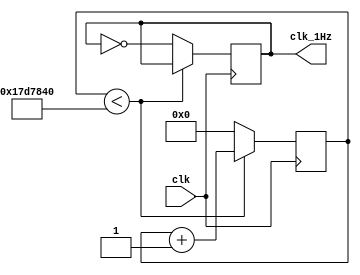
`timescale 1ns / 1ps
//////////////////////////////////////////////////////////////////////////////////
// Company: 
// Engineer: 
// 
// Design Name: 
// Module Name:    clock_dic 
// Project Name: 
// Target Devices: 
// Tool versions: 
// Description: 
//
// Dependencies: 
//
// Revision: 
// Revision 0.01 - File Created
// Additional Comments: 
//
//////////////////////////////////////////////////////////////////////////////////
module clock_div(
    output reg clk_1Hz = 1'b0,  // 1Hz
    input clk               	// 
    );

    parameter PULSESCOUNT = 25'h17D_7840; // = 1_0111_1101_0111_1000_0100_0000(bin) (25bits)
    parameter RESETZERO = 25'h0;

    reg [24:0] counter; // , 25 bits (1_0111_1101_0111_1000_0100_0000(bin))
                        // ,  1Hz 

    always @( posedge clk ) begin       // --  clock 
        if ( counter < PULSESCOUNT )    // -- 25'h17D_7840  1/2(s)
            counter <= counter + 1'b1;
        else begin
            clk_1Hz <= ~clk_1Hz;
            counter <= RESETZERO;
        end
    end

endmodule